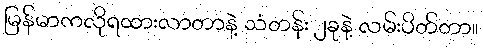
မြန်မာကလိုရထားလာတာနဲ့ သံတန်း ၂ခုနဲ့ လမ်းပိတ်တာ။